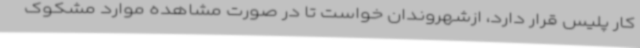
کار پلیس قرار دارد، ازشهروندان خواست تا در صورت مشاهده موارد مشکوک